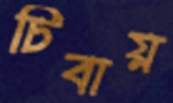
চিবায়